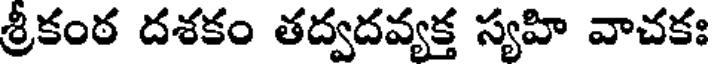
శ్రీకంఠ దశకం తద్వదవ్యక్త స్యహి వాచకః